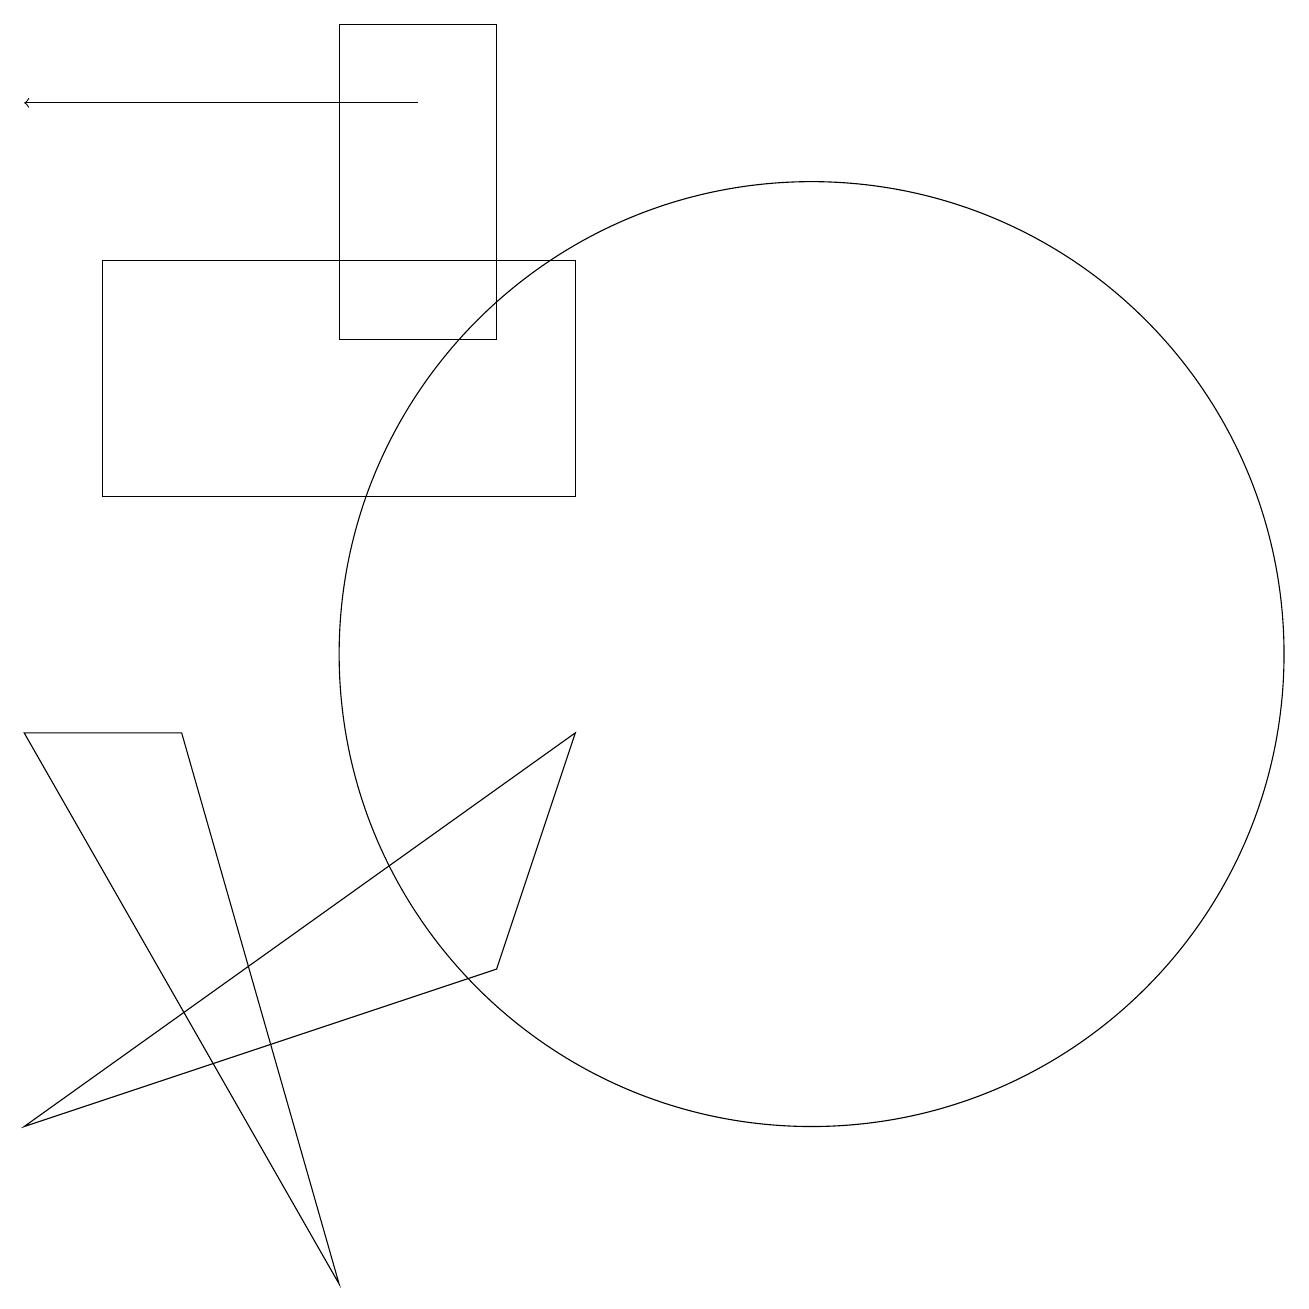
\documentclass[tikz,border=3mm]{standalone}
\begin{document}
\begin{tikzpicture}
\draw (12,10) circle (6);
\draw[->] (7,17) -- (2,17);
\draw (8,18) rectangle (6,14);
\draw (9,12) rectangle (3,15);
\draw (2,4) -- (9,9) -- (8,6) -- cycle;
\draw (6,2) -- (2,9) -- (4,9) -- cycle;
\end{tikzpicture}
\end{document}